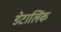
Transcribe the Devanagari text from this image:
डेटालिंक